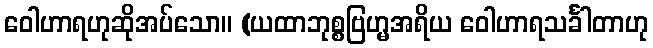
ဝေါဟာရဟုဆိုအပ်သော။ (ယထာဘုစ္စဗြဟ္မအရိယ ဝေါဟာရသင်္ခါတာဟု